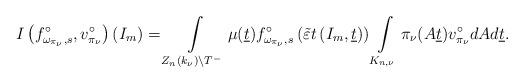
LaTeX: \begin{align*}I\left(f_{\omega_{\pi_\nu},s}^\circ,v^\circ_{\pi_{\nu}}\right)(I_m)=\int \limits _{Z_n(k_\nu)\backslash T^-}\mu(\underline{t})f_{\omega_{\pi_\nu},s}^\circ\left(\tilde{\varepsilon} t\left(I_m,\underline{t}\right)\right)\int\limits_{K_{n,\nu}}\pi_{\nu}(A\underline{t})v^\circ_{\pi_{\nu}} dAd\underline{t}.\end{align*}